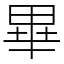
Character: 畢